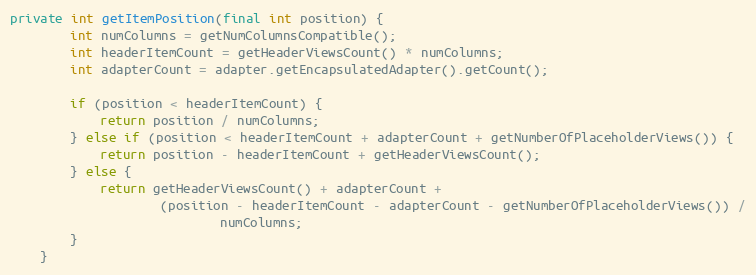
Language: Java
private int getItemPosition(final int position) {
        int numColumns = getNumColumnsCompatible();
        int headerItemCount = getHeaderViewsCount() * numColumns;
        int adapterCount = adapter.getEncapsulatedAdapter().getCount();

        if (position < headerItemCount) {
            return position / numColumns;
        } else if (position < headerItemCount + adapterCount + getNumberOfPlaceholderViews()) {
            return position - headerItemCount + getHeaderViewsCount();
        } else {
            return getHeaderViewsCount() + adapterCount +
                    (position - headerItemCount - adapterCount - getNumberOfPlaceholderViews()) /
                            numColumns;
        }
    }